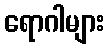
ရောဂါများ